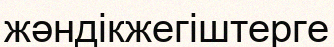
жәндікжегіштерге